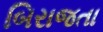
બિરાજતા